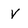
Character: v